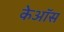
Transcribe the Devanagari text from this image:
केऑस